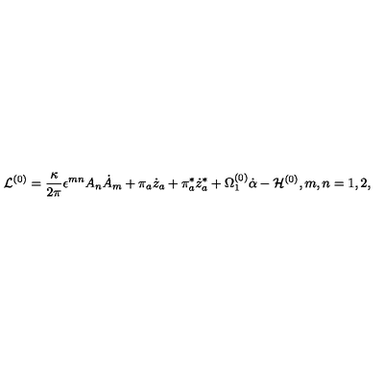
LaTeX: { \cal L } ^ { ( 0 ) } = \frac { \kappa } { 2 \pi } \epsilon ^ { m n } A _ { n } \dot { A } _ { m } + \pi _ { a } \dot { z } _ { a } + \pi _ { a } ^ { * } \dot { z } _ { a } ^ { * } + \Omega _ { 1 } ^ { ( 0 ) } \dot { \alpha } - { \cal H } ^ { ( 0 ) } , m , n = 1 , 2 ,